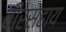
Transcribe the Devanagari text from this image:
वीरसहाय